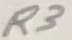
Text: R3